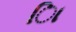
િા